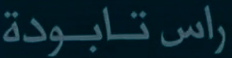
راس تابودة